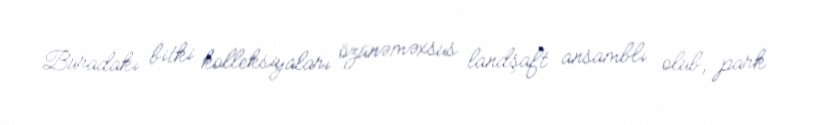
Buradakı bitki kolleksiyaları özünəməxsus landşaft ansamblı olub, park